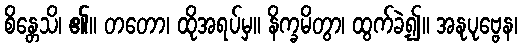
စိန္တေသိ၊ ၏။ တတော၊ ထိုအရပ်မှ။ နိက္ခမိတွာ၊ ထွက်ခဲ့၍။ အနုပုဗ္ဗေန၊